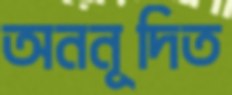
অননূদিত